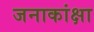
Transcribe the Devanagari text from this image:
जनाकांक्षा